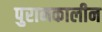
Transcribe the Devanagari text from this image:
पुरानकालीन